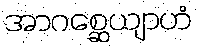
အာဂစ္ဆေယျာဟံ